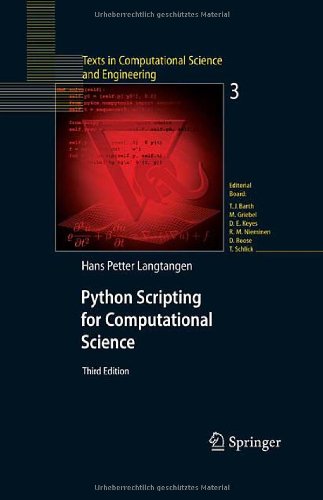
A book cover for Python Scripting for Computational Science (Texts in Computational Science and Engineering); Hans Petter Langtangen; Science & Math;